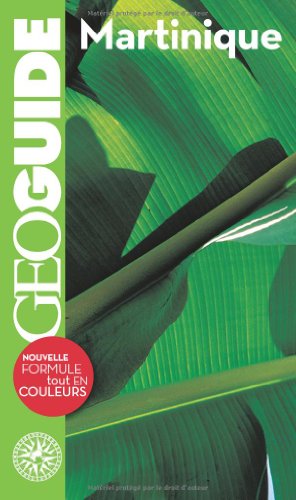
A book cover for Geo Guides Etranger, Iles, Dom-Tom: Martinique (French Edition); COLLECTIF; Travel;